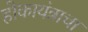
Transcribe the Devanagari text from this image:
होकायंत्राचा